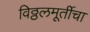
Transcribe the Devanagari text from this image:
विठ्ठलमूर्तीचा